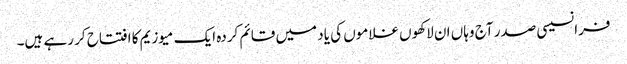
فرانسیسی صدر آج وہاں ان لاکھوں غلاموں کی یاد میں قائم کردہ ایک میوزیم کا افتتاح کر رہے ہیں۔